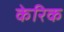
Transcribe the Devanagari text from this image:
केरिक